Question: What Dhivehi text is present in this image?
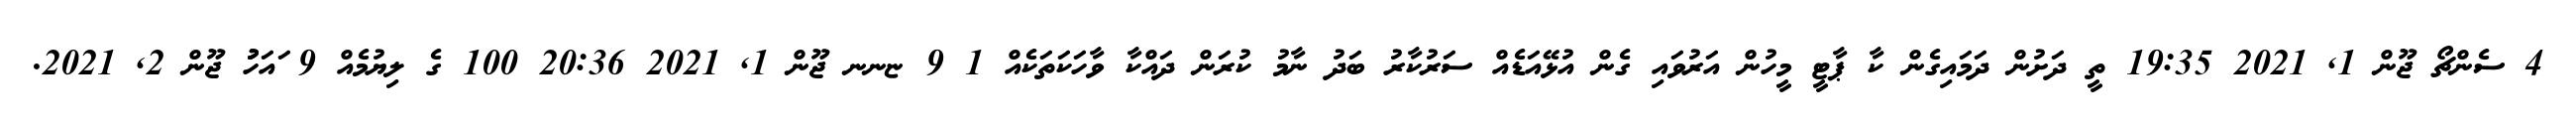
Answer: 4 ސެންޗޯ ޖޫން 1, 2021 19:35 ތީ ދަށުން ދަމައިގެން ކާ ޕާޓީ މީހުން އަރުވައި ގެން އުޅޭއަޑެއް ސަރުކާރު ބަދު ނާމު ކުރަން ދައްކާ ވާހަކަތަކެއް 1 9 ޏނނ ޖޫން 1, 2021 20:36 100 ގެ ލިޔުމެއް 9 ައަހުުު ޖޫން 2, 2021.